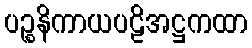
ပဉ္စနိကာယပဠိအဋ္ဌကထာ